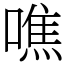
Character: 噍